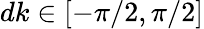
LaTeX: dk\in[-\pi/2,\pi/2]